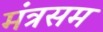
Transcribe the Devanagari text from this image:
मंत्रसम